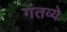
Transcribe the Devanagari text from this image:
गंतव्ये